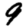
Digit: 9